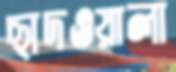
ছাদওয়ালা